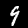
Digit: 9